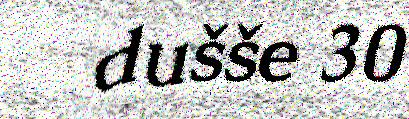
dušše 30